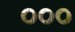
૦૦૦